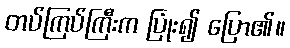
တပ်ကြပ်ကြီးက ပြုံး၍ ပြော၏။